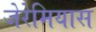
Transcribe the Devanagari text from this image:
जेरेमियास